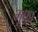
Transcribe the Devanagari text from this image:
मूफा